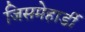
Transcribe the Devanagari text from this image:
जिसमेहार्डी